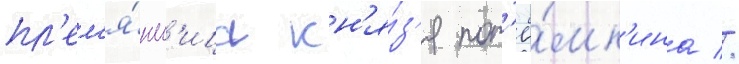
пл'ем'я́нн'ица кн'я́з'я пот'ё́мк'ина //